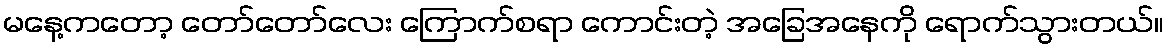
မနေ့ကတော့ တော်တော်လေး ကြောက်စရာ ကောင်းတဲ့ အခြေအနေကို ရောက်သွားတယ်။